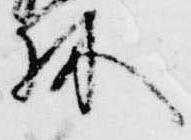
林